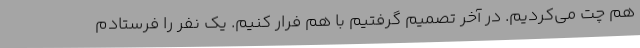
هم چت می‌کردیم. در آخر تصمیم گرفتیم با هم فرار کنیم. یک نفر را فرستادم